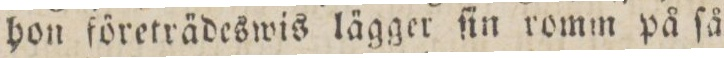
hon företrädeswis lägger ſin romm på ſå